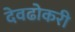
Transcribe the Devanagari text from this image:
देवढोकरी